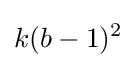
k(b-1)^{2}